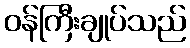
ဝန်ကြီးချုပ်သည်